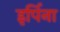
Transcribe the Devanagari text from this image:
इर्पिना